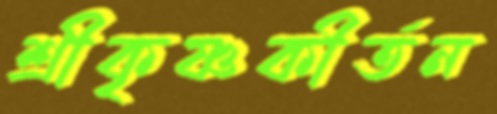
শ্রীকৃষ্ণকীর্তন